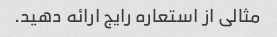
مثالی از استعاره رایج ارائه دهید.